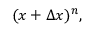
( x + \Delta x ) ^ { n } ,